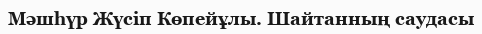
Мәшһүр Жүсіп Көпейұлы. Шайтанның саудасы